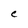
Character: e